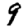
Digit: 9